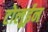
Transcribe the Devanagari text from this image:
टोलूईन